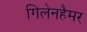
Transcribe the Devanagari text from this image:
गिलेनहैमर